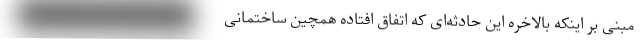
مبنی بر اینکه بالاخره این حادثه‌ای که اتفاق افتاده همچین ساختمانی